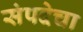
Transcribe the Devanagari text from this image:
संपदेचा